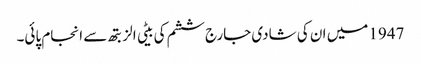
1947 میں ان کی شادی جارج ششم کی بیٹی الزبتھ سے انجام پائی۔